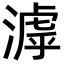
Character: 滹